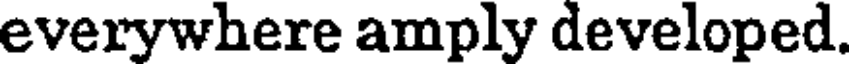
everywhere amply developed.